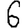
Digit: 6